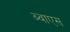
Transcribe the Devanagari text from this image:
ब्वाएस